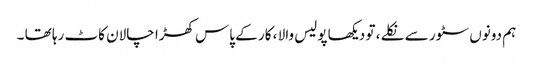
ہم دونوں سٹور سے نکلے ، تو دیکھا پولیس والا ، کار کے پاس کھڑا چالان کاٹ رہا تھا ۔